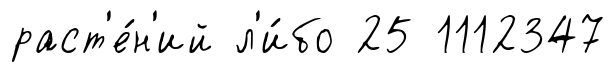
раст'е́н'ий л'и́бо 25 1112347